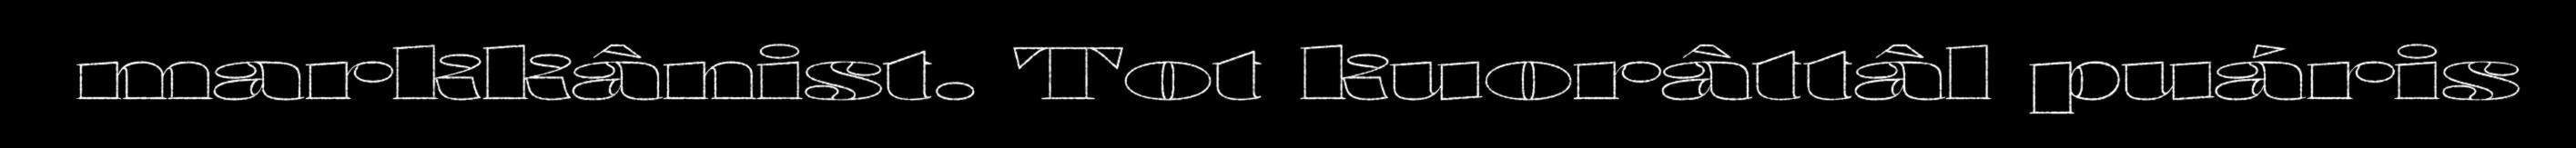
markkânist. Tot kuorâttâl puáris